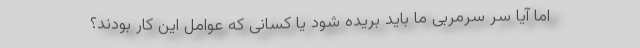
اما آیا سرِ سرمربی ما باید بریده شود یا کسانی که عوامل این کار بودند؟